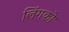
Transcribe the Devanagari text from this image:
लिंगको